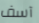
آسف